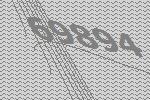
69894